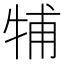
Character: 𤙭